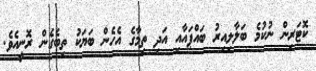
ކޮޓަރިން ނުކުމެ ބަލާލިއިރު ބައްޕައާއި އަދި ތިމާގެ އެހެން ބަޔަކު ތިބެގެން ރޮނީއެވެ.